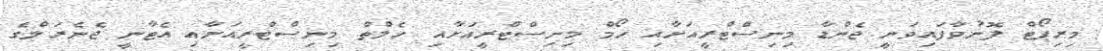
މިރިޕޯޓް ފޮނުވާފައިވަނީ ޖެންޑާ މިނިސްޓްރީއަށާއި ހޯމް މިނިސްޓްރީއަށާއި ހެލްތް މިނިސްޓްރީއަށާއި އެޓާނީ ޖެނެރަލްގެ